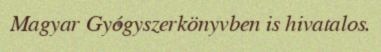
Magyar Gyógyszerkönyvben is hivatalos.